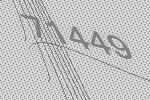
71449